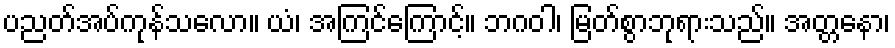
ပညတ်အပ်ကုန်သလော။ ယံ၊ အကြင်ကြောင့်။ ဘဂဝါ၊ မြတ်စွာဘုရားသည်။ အတ္တနော၊